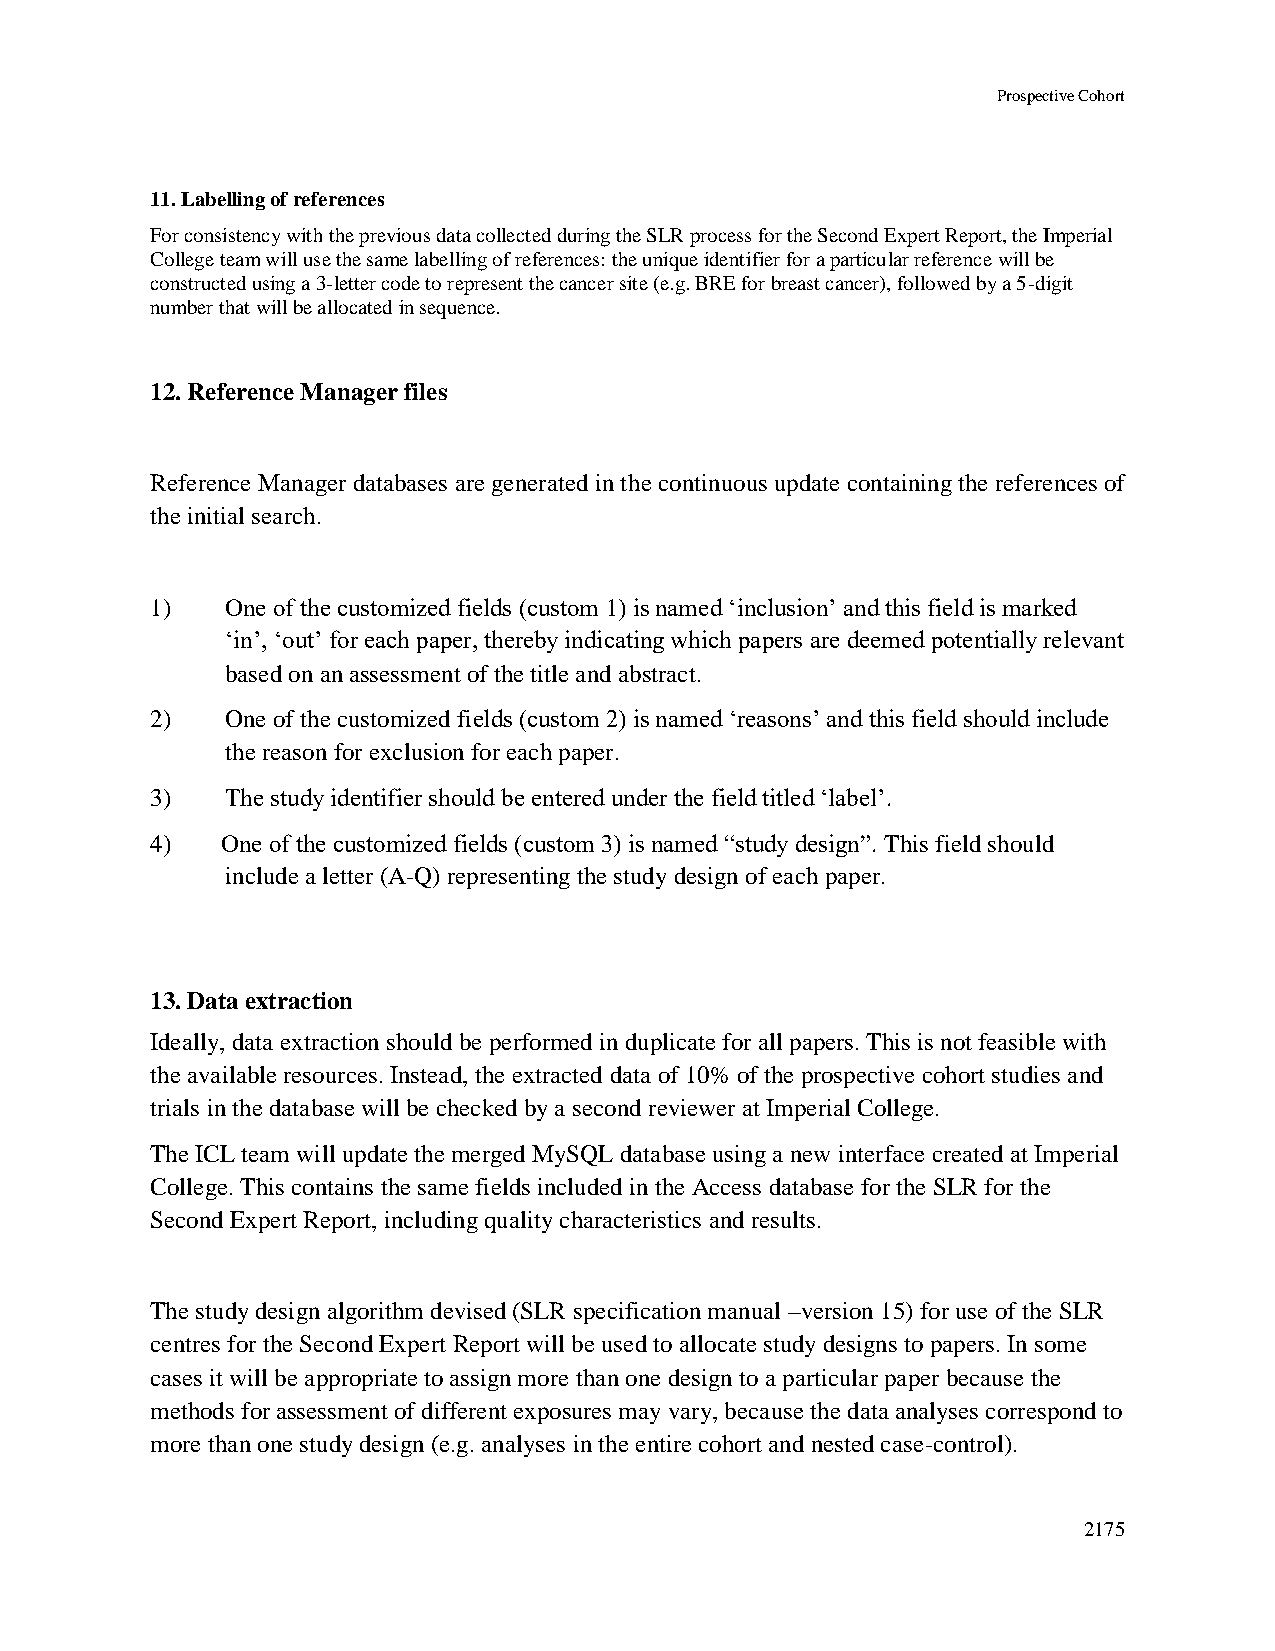
Prospective Cohort
 11. Labelling of references
 For consistency with the previous data collected during the SLR process for the Second Expert Report, the Imperial
 College team will use the same labelling of references: the unique identifier for a particular reference will be
 constructed using a 3-letter code to represent the cancer site (e.g. BRE for breast cancer), followed by a 5-digit
 number that will be allocated in sequence.
 12. Reference Manager files
 Reference Manager databases are generated in the continuous update containing the references of
 the initial search.
 1)   One of the customized fields (custom 1) is named ‘inclusion’ and this field is marked
 ‘in’, ‘out’ for each paper, thereby indicating which papers are deemed potentially relevant
 based on an assessment of the title and abstract.
 2)   One of the customized fields (custom 2) is named ‘reasons’ and this field should include
 the reason for exclusion for each paper.
 3)   The study identifier should be entered under the field titled ‘label’.
 4)   One of the customized fields (custom 3) is named “study design”. This field should
 include a letter (A-Q) representing the study design of each paper.
 13. Data extraction
 Ideally, data extraction should be performed in duplicate for all papers. This is not feasible with
 the available resources. Instead, the extracted data of 10% of the prospective cohort studies and
 trials in the database will be checked by a second reviewer at Imperial College.
 The ICL team will update the merged MySQL database using a new interface created at Imperial
 College. This contains the same fields included in the Access database for the SLR for the
 Second Expert Report, including quality characteristics and results.
 The study design algorithm devised (SLR specification manual –version 15) for use of the SLR
 centres for the Second Expert Report will be used to allocate study designs to papers. In some
 cases it will be appropriate to assign more than one design to a particular paper because the
 methods for assessment of different exposures may vary, because the data analyses correspond to
 more than one study design (e.g. analyses in the entire cohort and nested case-control).
 2175